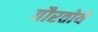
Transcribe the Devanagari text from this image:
गौरतोये